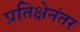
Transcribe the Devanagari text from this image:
प्रतिक्षेनंतर